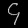
Digit: ၄